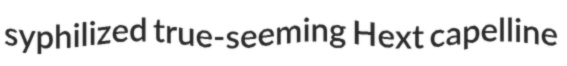
syphilized true-seeming Hext capelline